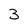
Character: 3